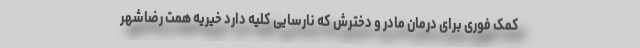
کمک فوری برای درمان مادر و دخترش که نارسایی کلیه دارد خیریه همت رضاشهر